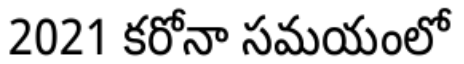
2021 కరోనా సమయంలో